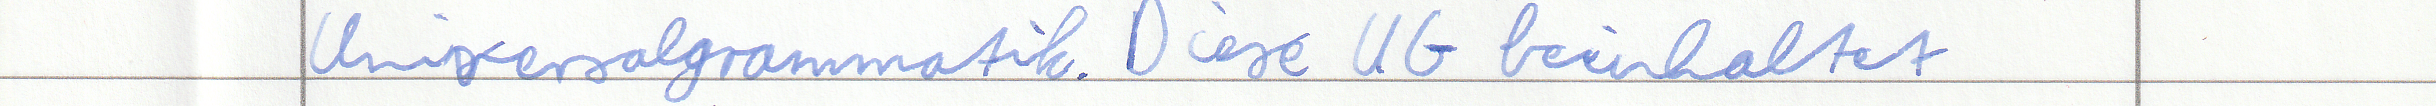
Universalgrammatik. Diese UG beinhaltet